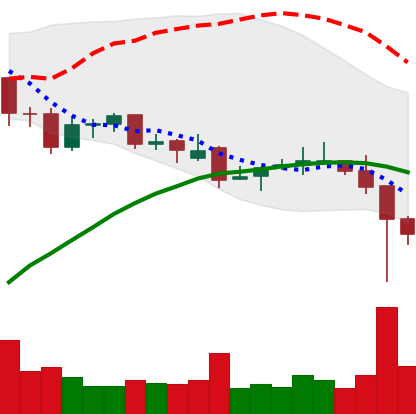
Ticker: LINK-USD
Chart end date: 2021-12-05
Forward return: -4.587%
Label: down_3_5